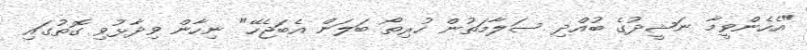
"އެހެންވީމާ ނަޝީދުގެ ބުއްދި ސަލާމަތުން ހުރިތޯ ބަލަން އެބަޖެހޭ" ނިހާން ވިދާޅުވި ގޮތުގައި